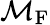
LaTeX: \mathcal{M}_{\mathrm{F}}